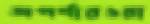
অপর্ণারওয়া